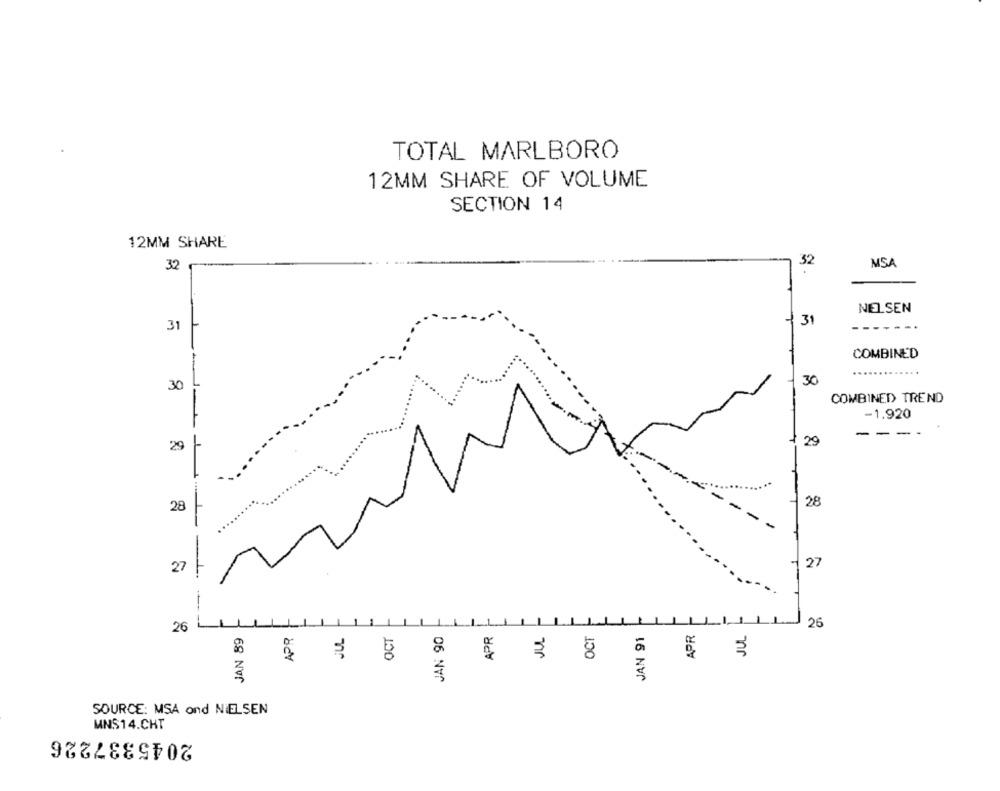
TOTAL MARLBORO
12MM SHARE OF VOLUME
SECTION 14
12MM SHARE
32
32
MSA
NELSEN
31
31
COMBINED
......
30
30
COMBINED TREND
-1.920
---
1 29
29
T
28
28
-
27
27
---
APR
26
26
JAN 89
APR
OCT
JAN 90
APR
JAN 91
JUL
₹ 8
£
SOURCE: MSA ond NIELSEN
MNS14.CHT
2045337226